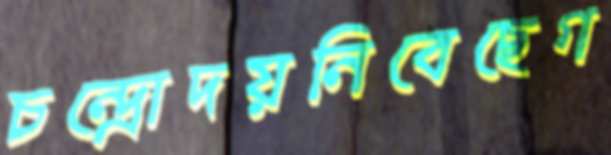
চন্দ্রোদয়নিবেছেগ